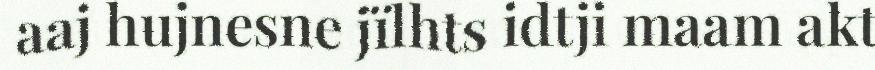
aaj hujnesne jïlhts idtji maam akt